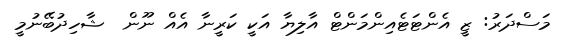
މަސްދަރު: ޒީ އެންޓަޓެއިންމަންޓް އާލިޔާ އަކީ ކަރީނާ އެއް ނޫން  ޝާހިދުބޭނުމީ